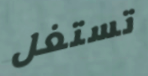
تستغل